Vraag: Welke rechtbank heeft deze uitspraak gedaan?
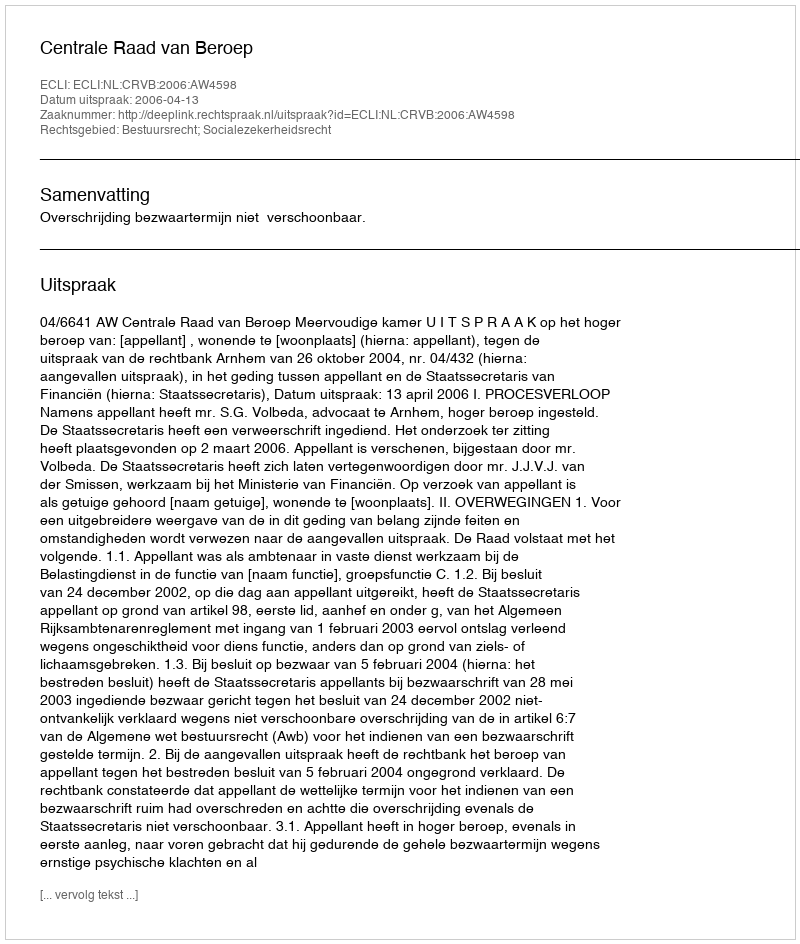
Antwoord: Centrale Raad van Beroep